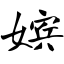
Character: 嫔